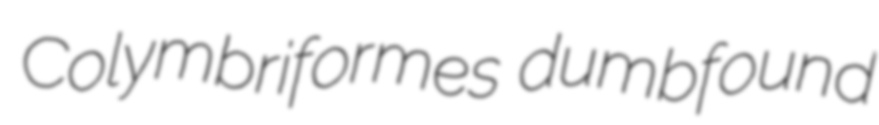
Colymbriformes dumbfound